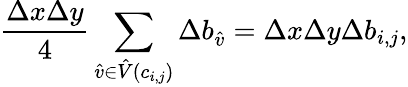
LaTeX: \frac{\Delta x\Delta y}{4}\sum_{\hat{v}\in\hat{V}(c_{i,j})}\Delta b_{\hat{v}}=\Delta x\Delta y\Delta b_{i,j},